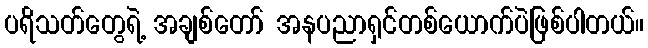
ပရိသတ်တွေရဲ့ အချစ်တော် အနပညာရှင်တစ်ယောက်ပဲဖြစ်ပါတယ်။